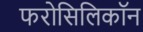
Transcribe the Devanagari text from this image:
फरोसिलिकॉन